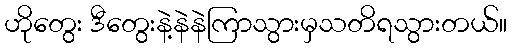
ဟိုတွေး ဒီတွေးနဲ့နဲနဲကြာသွားမှသတိရသွားတယ်။